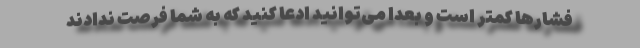
فشارها کمتر است و بعداً می‌توانید ادعا کنید که به شما فرصت ندادند